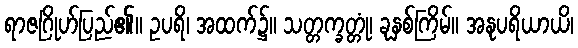
ရာဇဂြိုဟ်ပြည်၏။ ဥပရိ၊ အထက်၌။ သတ္တက္ခတ္တုံ၊ ခုနှစ်ကြိမ်။ အနုပရိယာယိ၊